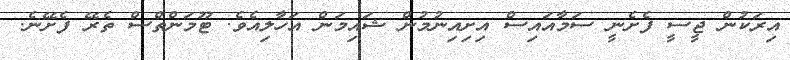
އިރަކުން ޖީސީ ފެށެނީ ސަމާއައިސް އިށިއިނުމުން ޝައިމަން އަހާލިއެވެ. ޓޫމަންތްސް ތެރޭ ފެށޭނެ.